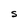
Character: S